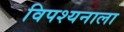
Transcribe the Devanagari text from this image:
विपश्यनाला